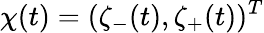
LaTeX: \chi(t)=(\zeta_{-}(t),\zeta_{+}(t))^{T}